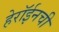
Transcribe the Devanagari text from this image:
हेरॉईनची